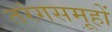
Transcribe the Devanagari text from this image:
तरंगसमूहों